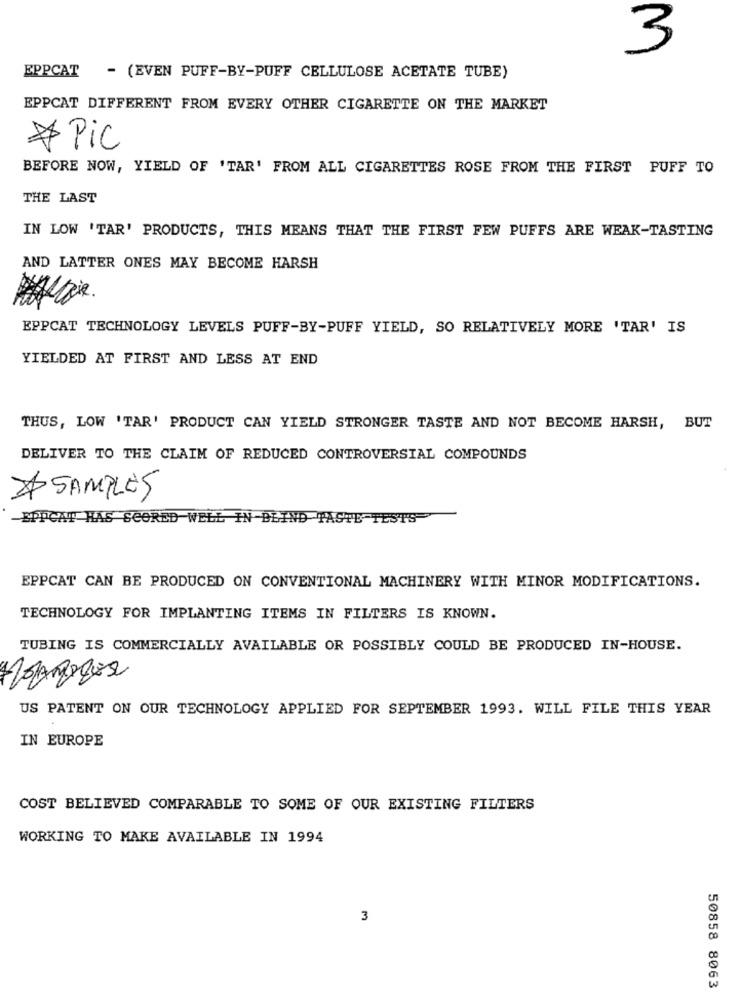
3
EPPCAT
- (EVEN PUFF-BY-PUFF CELLULOSE ACETATE TUBE)
EPPCAT DIFFERENT FROM EVERY OTHER CIGARETTE ON THE MARKET
* Pic
BEFORE NOW, YIELD OF 'TAR' FROM ALL CIGARETTES ROSE FROM THE FIRST PUFF TO
THE LAST
IN LOW 'TAR' PRODUCTS, THIS MEANS THAT THE FIRST FEW PUFFS ARE WEAK-TASTING
AND LATTER ONES MAY BECOME HARSH
EPPCAT TECHNOLOGY LEVELS PUFF-BY-PUFF YIELD, SO RELATIVELY MORE 'TAR' IS
YIELDED AT FIRST AND LESS AT END
THUS, LOW 'TAR' PRODUCT CAN YIELD STRONGER TASTE AND NOT BECOME HARSH, BUT
DELIVER TO THE CLAIM OF REDUCED CONTROVERSIAL COMPOUNDS
# SAMPLES
EP
HAS SCORED
ID TASTE TESTS
EPPCAT CAN BE PRODUCED ON CONVENTIONAL MACHINERY WITH MINOR MODIFICATIONS.
TECHNOLOGY FOR IMPLANTING ITEMS IN FILTERS IS KNOWN.
TUBING IS COMMERCIALLY AVAILABLE OR POSSIBLY COULD BE PRODUCED IN-HOUSE.
US PATENT ON OUR TECHNOLOGY APPLIED FOR SEPTEMBER 1993. WILL FILE THIS YEAR
IN EUROPE
COST BELIEVED COMPARABLE TO SOME OF OUR EXISTING FILTERS
WORKING TO MAKE AVAILABLE IN 1994
3
50858 8063